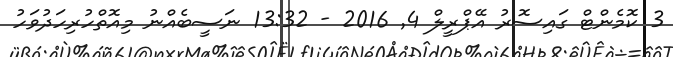
3 ކޮމެންޓް ގައިސޮރު އޭޕްރީލް 4